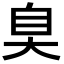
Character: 𦤀